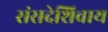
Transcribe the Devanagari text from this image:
संसदेशिवाय